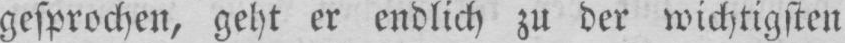
gesprochen, geht er endlich zu der wichtigsten